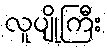
လူပျိုကြီး